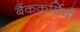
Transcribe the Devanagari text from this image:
बैंककर्मियों